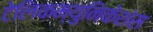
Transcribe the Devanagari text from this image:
टेलिकम्युनिकेशंस